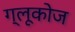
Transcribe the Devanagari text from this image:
ग्‍लूकोज